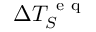
\Delta T _ { S } ^ { \mathrm { ~ e ~ q ~ } }